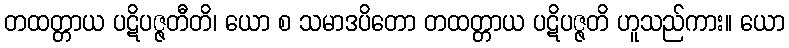
တထတ္တာယ ပဋိပဇ္ဇတီတိ၊ ယော စ သမာဒပိတော တထတ္တာယ ပဋိပဇ္ဇတိ ဟူသည်ကား။ ယော